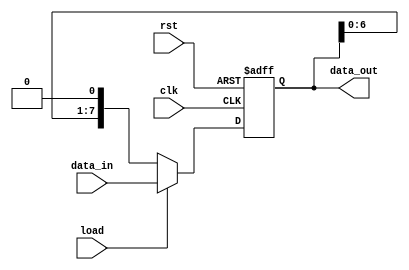
module parameterized_shift_register #(
    parameter WIDTH = 8,        // Number of bits in the shift register
    parameter DIR = 0           // Direction: 0 for left shift, 1 for right shift
)(
    input wire clk,             // Clock signal
    input wire rst,             // Asynchronous reset
    input wire load,            // Load signal
    input wire [WIDTH-1:0] data_in, // Input data bus
    output reg [WIDTH-1:0] data_out // Output data bus
);

// Sequential logic for shift register
always @(posedge clk or posedge rst) begin
    if (rst) begin
        data_out <= {WIDTH{1'b0}}; // Reset all bits to zero
    end else if (load) begin
        data_out <= data_in;       // Load new data into the register
    end else begin
        // Shift operation
        if (DIR == 0) begin
            // Shift Left
            data_out <= {data_out[WIDTH-2:0], 1'b0}; // MSB shifted out, LSB gets 0
        end else if (DIR == 1) begin
            // Shift Right
            data_out <= {1'b0, data_out[WIDTH-1:1]}; // LSB shifted out, MSB gets 0
        end
    end
end

endmodule